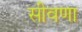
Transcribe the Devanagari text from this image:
सीवणा